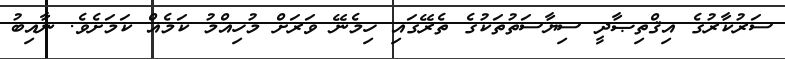
ސަރުކާރުގެ އިޤްތިޞާދީ ސިޔާސަތުތަކުގެ ތެރޭގައި ހިމެނޭ ވަރަށް މުހިއްމު ކަމެއް ކަމަށެވެ. ނާއިބު